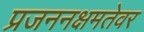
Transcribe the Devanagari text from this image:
प्रजननक्षमतेवर